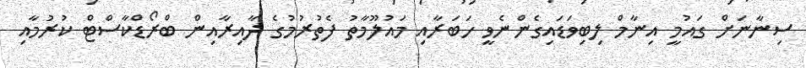
ސިނާނަށް ގައުމީ އިނާމް ލިބިވަޑައިގެންނެވީ ހަބަރާއި މައުލޫމާތު ފެތުރުމުގެ ދާއިރާއިން ބްރޯޑްކާސްޓް ކުރުމާއި